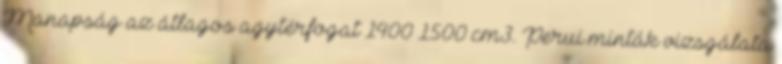
Manapság az átlagos agytérfogat 1400–1500 cm3. Perui minták vizsgálata